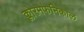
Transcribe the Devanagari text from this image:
क्लोरमफेनिकाल